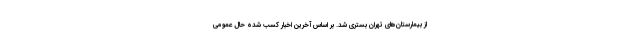
از بیمارستان‌های تهران بستری شد. بر اساس آخرین اخبار کسب شده حال عمومی